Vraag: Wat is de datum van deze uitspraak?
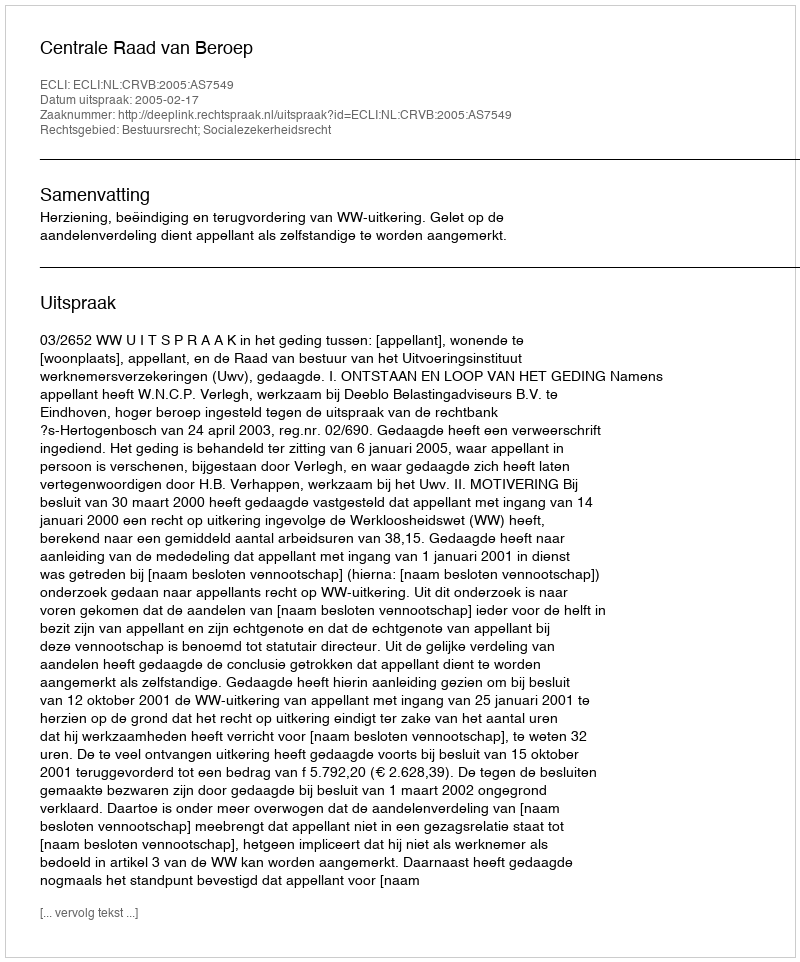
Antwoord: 2005-02-17